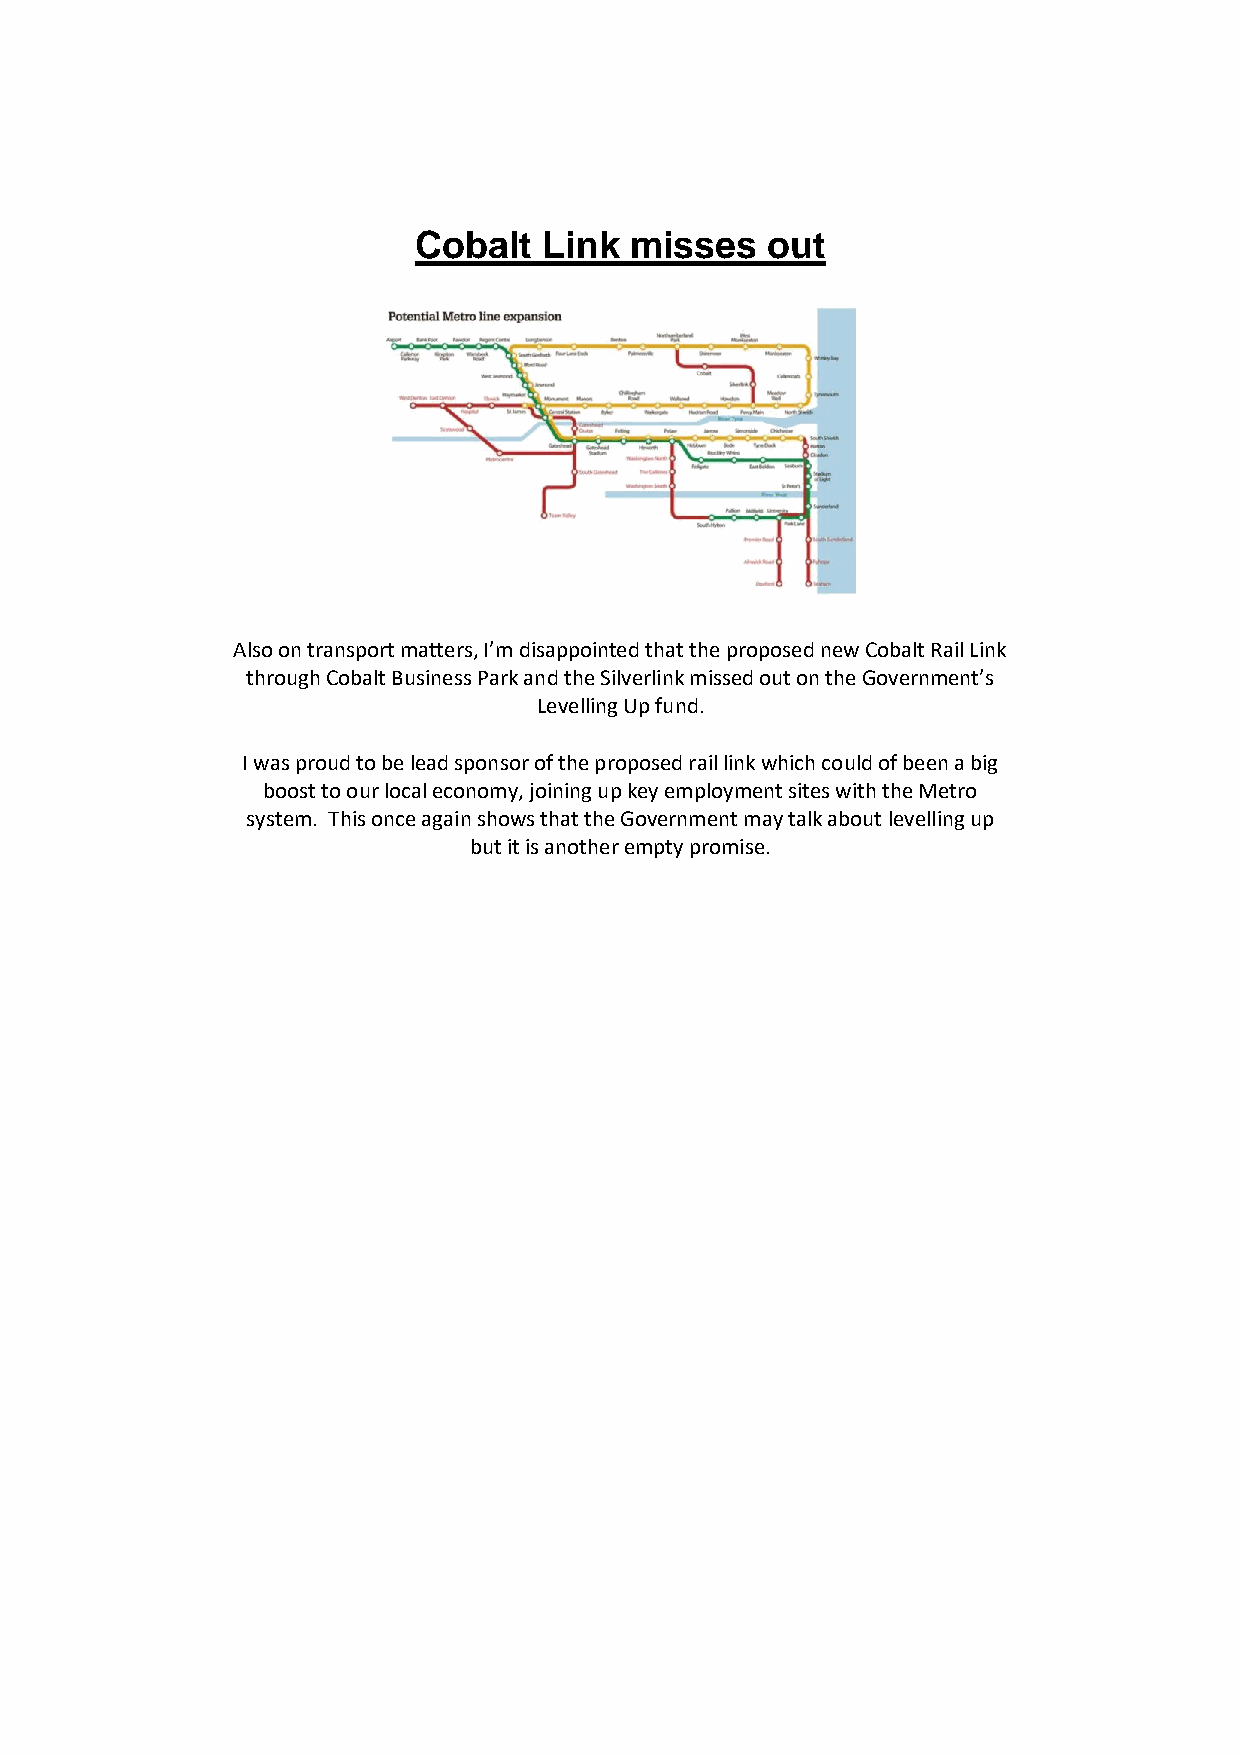
Cobalt   Link  misses   out
 Also on transport matters, I’m disappointed that the proposed new Cobalt Rail Link
 through Cobalt Business Park and the Silverlink missed out on the Government’s
 Levelling Up fund.
 I was proud to be lead sponsor of the proposed rail link which could of been a big
 boost to our local economy, joining up key employment sites with the Metro
 system. This once again shows that the Government may talk about levelling up
 but it is another empty promise.